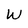
Character: W